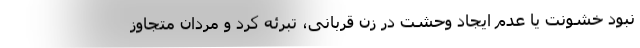
نبود خشونت یا عدم ایجاد وحشت در زن قربانی، تبرئه کرد و مردان متجاوز